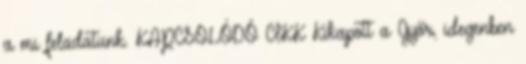
a mi feladatunk. KAPCSOLÓDÓ CIKK Kikapott a Győr, idegenben